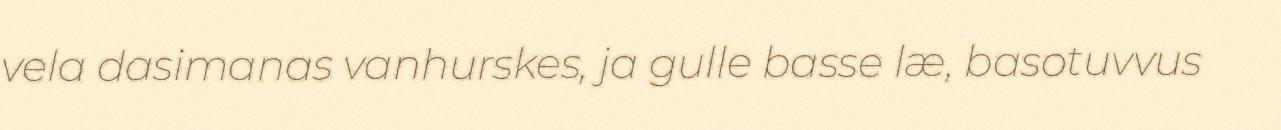
vela dasimanas vanhurskes, ja gulle basse læ, basotuvvus